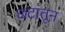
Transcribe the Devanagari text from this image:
छटांतून